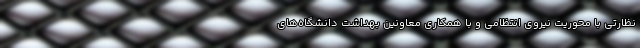
نظارتی با محوریت نیروی انتظامی و با همکاری معاونین بهداشت دانشگاه‌های